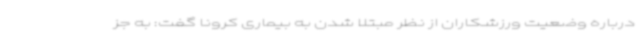
درباره وضعیت ورزشکاران از نظر مبتلا شدن به بیماری کرونا گفت: به جز